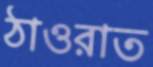
ঠাওরাত